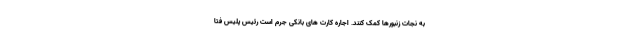
به نجات زنبورها کمک کنند. اجاره کارت های بانکی جرم است رئیس پلیس فتا